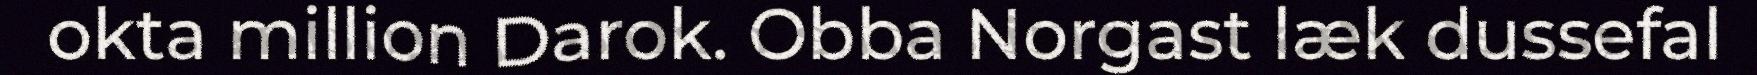
okta million Darok. Obba Norgast læk dussefal